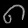
Digit: ၈